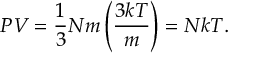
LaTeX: P V = { \frac { 1 } { 3 } } N m \left( { \frac { 3 k T } { m } } \right) = N k T .